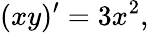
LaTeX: (xy)^{\prime}=3x^{2},